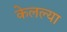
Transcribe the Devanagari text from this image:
केलल्या